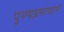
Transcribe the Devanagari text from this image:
पुण्यप्रभावाने